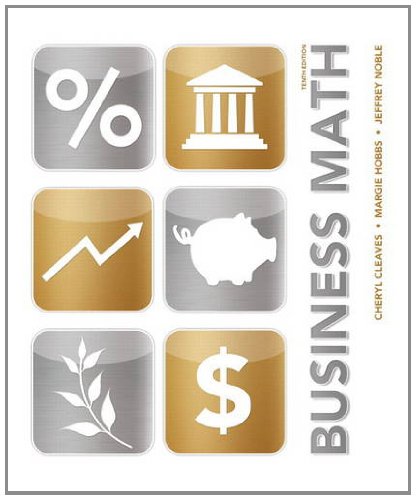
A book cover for Business Math (10th Edition); Cheryl Cleaves; Business & Money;